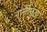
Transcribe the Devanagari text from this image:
रानीमुंडा